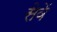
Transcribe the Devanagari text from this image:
सेवें